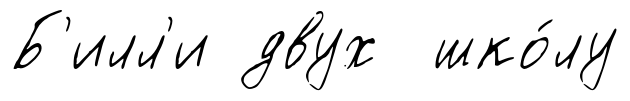
Б'илл'и двух шко́лу